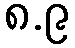
၈.၉